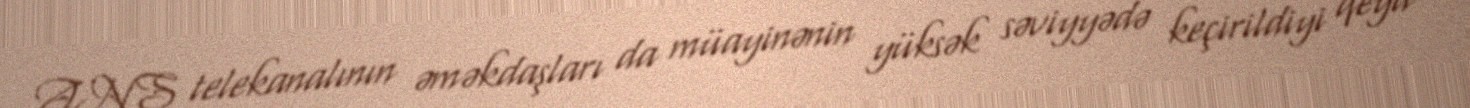
ANS telekanalının əməkdaşları da müayinənin yüksək səviyyədə keçirildiyi qeyd